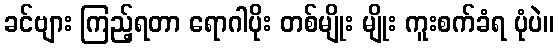
ခင်ဗျား ကြည့်ရတာ ရောဂါပိုး တစ်မျိုး မျိုး ကူးစက်ခံရ ပုံပဲ။